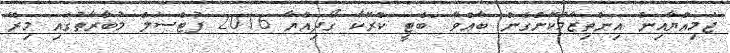
ޖަމިއްޔާއިން އިންތިޒާމުކޮށްގެން ބާއްވާ "ބެޓީ ކްރޮކާ ގޯދިއްޔާ 2016 ފުޓްސަލް މުބާރާތުގައި މިރޭ